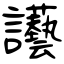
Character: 讛